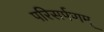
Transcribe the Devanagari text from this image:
परिसर्पणम्